Document type: payment_order
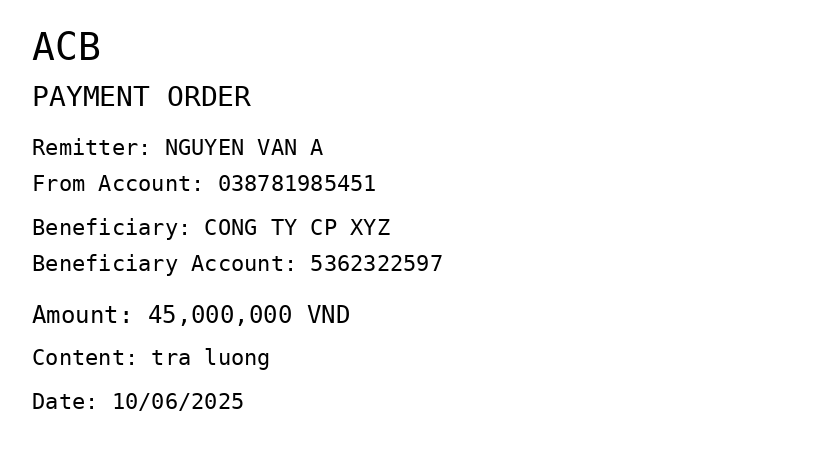
OCR transcript:
ACB
PAYMENT ORDER
Remitter: NGUYEN VAN A
From Account: 038781985451
Beneficiary: CONG TY CP XYZ
Beneficiary Account: 5362322597
Amount: 45,000,000 VND
Content: tra luong
Date: 10/06/2025
Extracted fields:
bank_name: acb
sender_name: nguyen van a
sender_account: 038781985451
beneficiary_name: cong ty cp xyz
beneficiary_account: 5362322597
amount: 45000000
content: tra luong
date: 2025-06-10